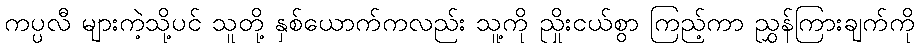
ကပ္ပလီ များကဲ့သို့ပင် သူတို့ နှစ်ယောက်ကလည်း သူ့ကို ညှိုးငယ်စွာ ကြည့်ကာ ညွှန်ကြားချက်ကို